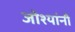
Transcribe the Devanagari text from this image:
जोश्यांनी